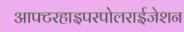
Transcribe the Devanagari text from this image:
आफ्टरहाइपरपोलराईजेशन